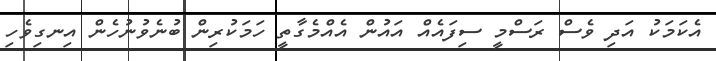
އެކަމަކު އަދި ވެސް ރަސްމީ ސިފައެއް އައުން އެއްމެގާތީ ހަމަކުރިން ބުނެވުނުހެން އިނގިވެހި